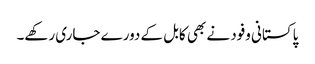
پاکستانی وفود نے بھی کابل کے دورے جاری رکھے۔